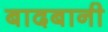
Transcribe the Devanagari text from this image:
बादबानी